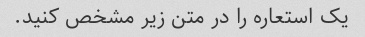
یک استعاره را در متن زیر مشخص کنید.